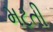
મટતી